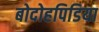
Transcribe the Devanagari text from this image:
बोदोहपिडिया